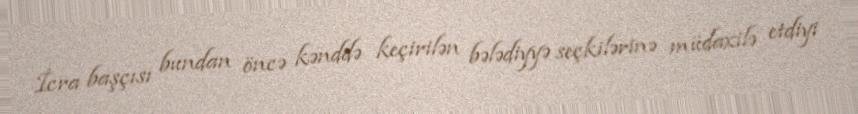
İcra başçısı bundan öncə kənddə keçirilən bələdiyyə seçkilərinə müdaxilə etdiyi